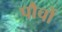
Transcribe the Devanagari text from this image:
पौचों